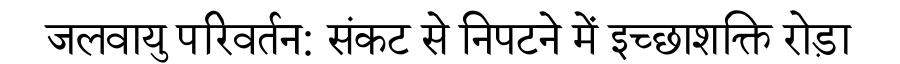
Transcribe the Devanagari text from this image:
जलवायु परिवर्तन: संकट से निपटने में इच्छाशक्ति रोड़ा